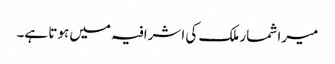
میرا شمار ملک کی اشرافیہ میں ہوتا ہے۔